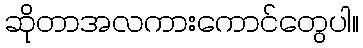
ဆိုတာအလကားကောင်တွေပါ။